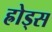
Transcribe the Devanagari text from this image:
ह्रोड्स